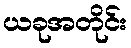
ယခုအတိုင်း